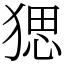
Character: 𤟧